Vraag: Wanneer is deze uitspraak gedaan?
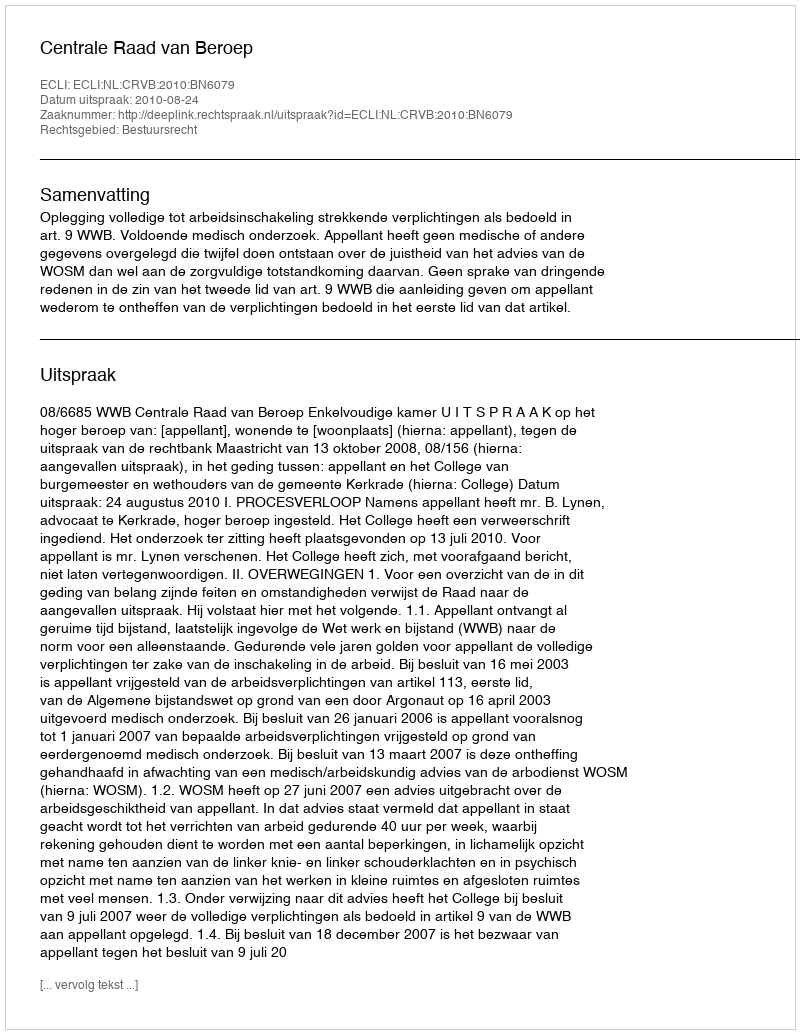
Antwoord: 2010-08-24